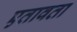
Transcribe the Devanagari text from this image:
एतावता